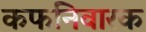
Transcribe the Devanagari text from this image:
कफनिवारक